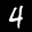
Label: 4